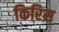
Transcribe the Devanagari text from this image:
किरिस